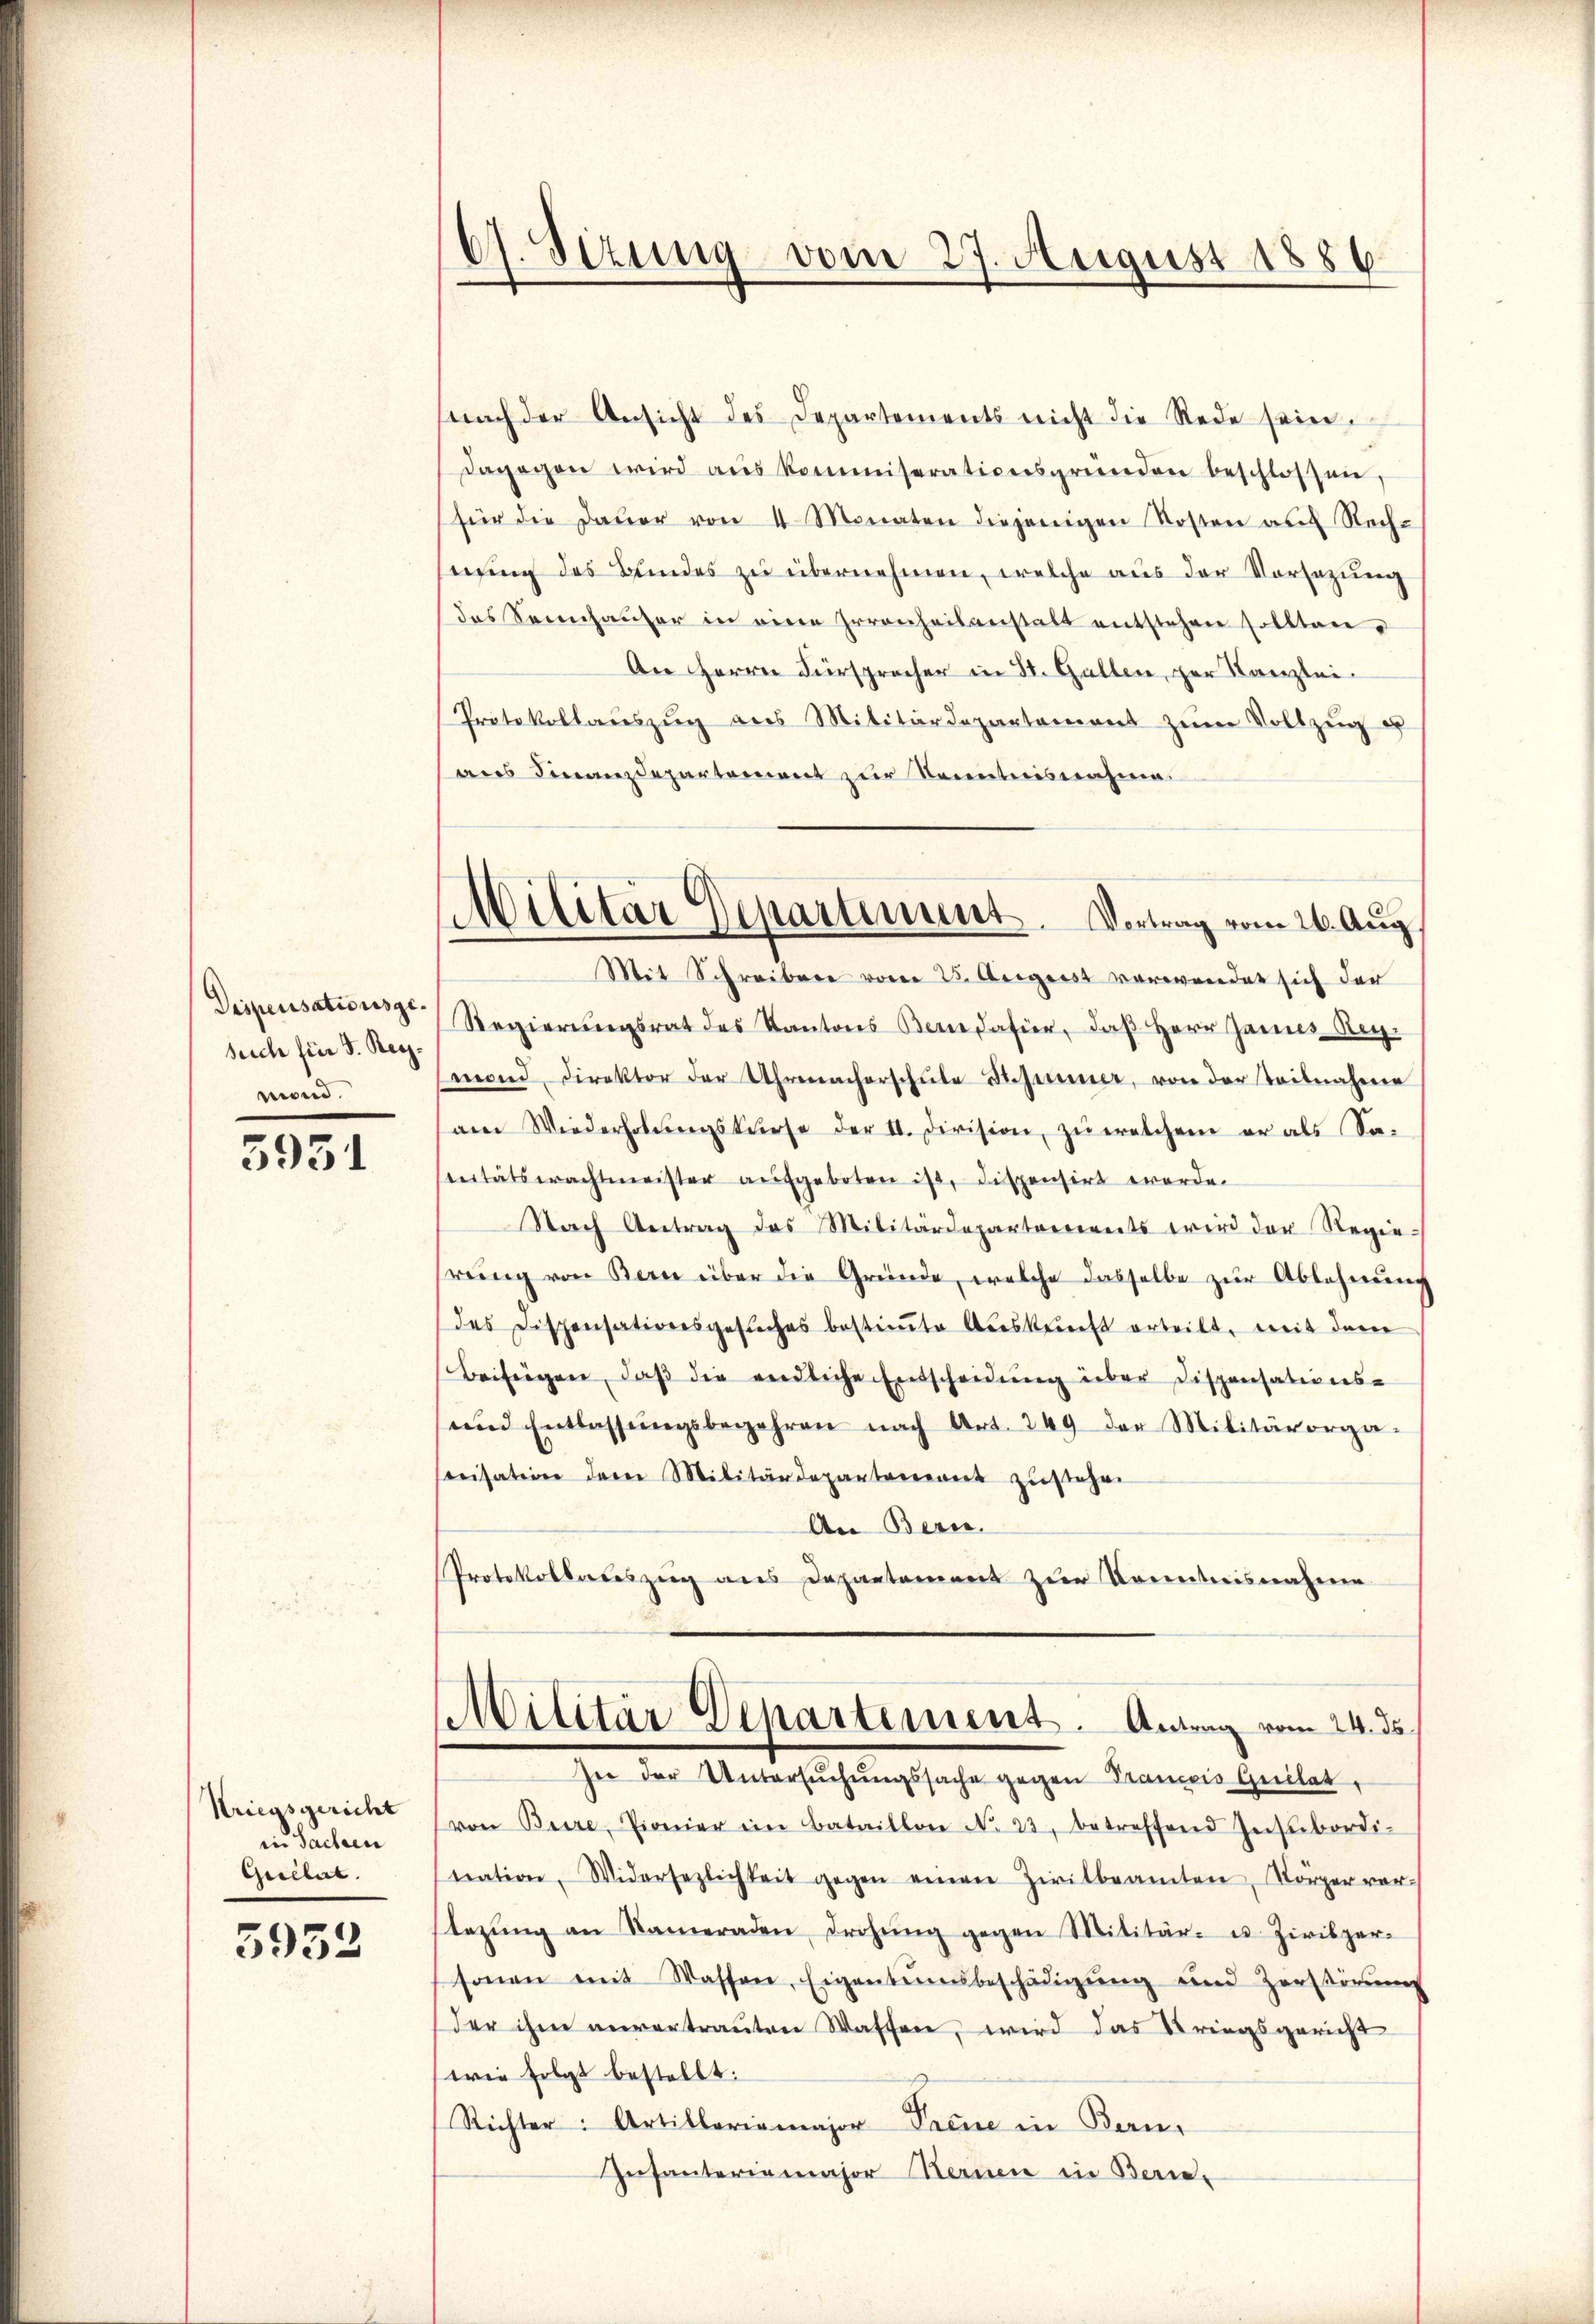
such für d. Reymond.

5951

Kriegsgericht
in Sachern
beller.

5952

6. Sizung vom 27. August 1886

Militar Departiment. Vortrag vom 26. Aug.

nach der Ansicht des Departements nicht die Rede sein.
dagegen wird aŭs kommiserationsgründen beschlossen,
für die Daŭer von 4 Monaten diejenigen Kosten auf Rech-
nung des Bundes zu übernehmen, welche aus der Vorsezung
das Sennhaŭser in eine Irrenheitanstalt entstehen sollten.
An Herrn Fürsprecher in St. Gallen, per Kanzlei-
Protokollaŭszŭg als Militärdepartement zŭm Vollzug u
aus Finanzdepartement zur Kenntnisnahme.
Mit Schreiben vom 25. August verwendet sich der
Dispensations Regierŭngsrat des Kantons Bern dafür, daβ Herr Jannes Reg
mond, Direktor der Uhrmacherschŭle Stimmer, von der Teilnahme
am Wiederholŭngskurse der II. Division zŭ welchem er als Sa-
teitätsprachtmeister aufgeboten ist, dispensirt werde.
Nach Antrag das Militärdepartarereits wird der Regierŭng von Bern über die Gründe, welche dasselbe zur Ablehnung
des Dispensationsgesŭches bestiṁte Aŭskŭnft erteilt, mit dem
Beifügen, daβ die endliche Entscheidung über Dispensations-
und Entlassŭngsbegehren nach Art. 249 der Militärorga-
Ceisation dem Militärdepartement zustehen
An Bern.
Protokollates zeig aus Departement zur Kenntnisnahme
Militär Departement. Antrag vom 24. ds.
In der Untersŭchŭngssache gegen Trancois Quilat,
von Beere, Pionier in Bataillon No 23. betreffend Insubordi-
nation, Widersezlichkeit gegen einen Zivilbeamten, Körperver-
lezŭng an Nameraden drohŭng gegen Militär- u. Zivilper-
sonen mit Wassen, Eigentensbeschädigŭng und Zerstörŭng
der ihm anvertrauten Waffen, wird das Kriegsgericht
wie folgt bestellt:
Richter: Artillariamajor Treue in Bern,
Infanteriamajor Hauen in Berie-